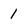
Character: 1